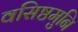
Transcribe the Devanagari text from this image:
वसिष्ठमुनि